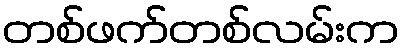
တစ်ဖက်တစ်လမ်းက